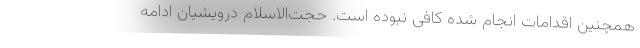
همچنین اقدامات انجام شده کافی نبوده است. حجت‌الاسلام درویشیان ادامه